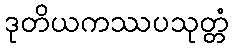
ဒုတိယကဿပသုတ္တံ